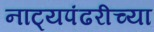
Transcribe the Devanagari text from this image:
नाट्यपंढरीच्या